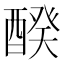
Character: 䤆